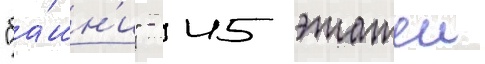
"ба́шн'и" - 45 этажеи